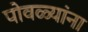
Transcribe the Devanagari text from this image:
पोवळ्यांना